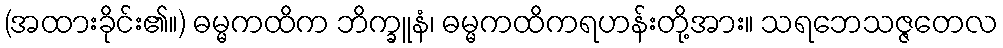
(အထားခိုင်း၏။) ဓမ္မကထိက ဘိက္ခူနံ၊ ဓမ္မကထိကရဟန်းတို့အား။ သရဘေသဇ္ဇတေလ